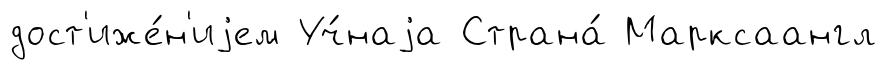
дост'иже́н'иjем Уч́наjа Страна́ Марксаангл